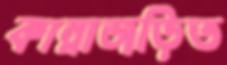
কান্নাজড়িত